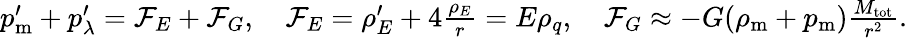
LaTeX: \begin{array}{r}{p_{\mathrm{m}}^{\prime}+p_{\lambda}^{\prime}={\cal F}_{E}+{\cal F}_{G},\quad{\cal F}_{E}=\rho_{E}^{\prime}+4\frac{\rho_{E}}{r}=E\rho_{q},\quad{\cal F}_{G}\approx-G(\rho_{\mathrm{m}}+p_{\mathrm{m}})\frac{M_{\mathrm{tot}}}{r^{2}}.}\end{array}